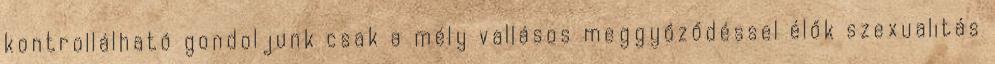
kontrollálható gondoljunk csak a mély vallásos meggyőződéssel élők szexualitás